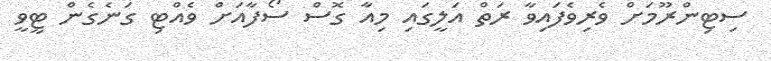
ސިޓިންރޫމަށް ވެރިވެފައިވާ ރަތް އަލީގައި މިއާ ގޮސް ސޯފާއަށް ވެއްޓި ގަނެގެން ޓީވީ